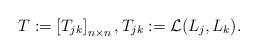
LaTeX: \begin{align*} T:=\left[T_{jk}\right]_{n\times n}, T_{jk}:= \mathcal L(L_j, L_k).\end{align*}